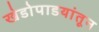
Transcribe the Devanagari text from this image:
खेडोपाडयांतून